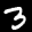
Label: 3